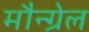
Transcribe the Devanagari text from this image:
मौन्ग्रेल